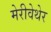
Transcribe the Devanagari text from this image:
मेरीवेथेर